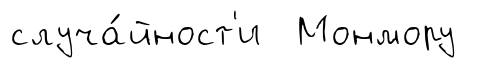
случа́йност'и Монмору